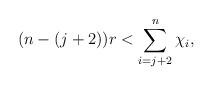
LaTeX: \begin{align*} (n-(j+2))r < \sum\limits_{i=j+2}^n \chi_i, \end{align*}